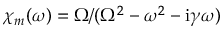
\chi _ { m } ( \omega ) = \Omega / ( \Omega ^ { 2 } - \omega ^ { 2 } - \mathrm { i } \gamma \omega )